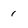
Character: 1